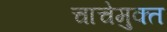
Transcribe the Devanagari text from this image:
चाचेमुक्त